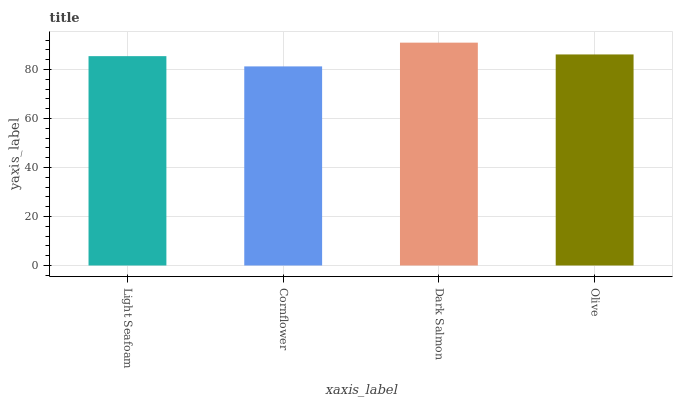
| xaxis_label | bars |
 | --- | --- |
 | Light Seafoam | 85.4 |
 | Cornflower | 81.3 |
 | Dark Salmon | 90.9 |
 | Olive | 86.1 |